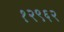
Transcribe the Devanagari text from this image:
१२९६२